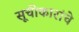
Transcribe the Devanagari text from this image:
सूचीकारांचे